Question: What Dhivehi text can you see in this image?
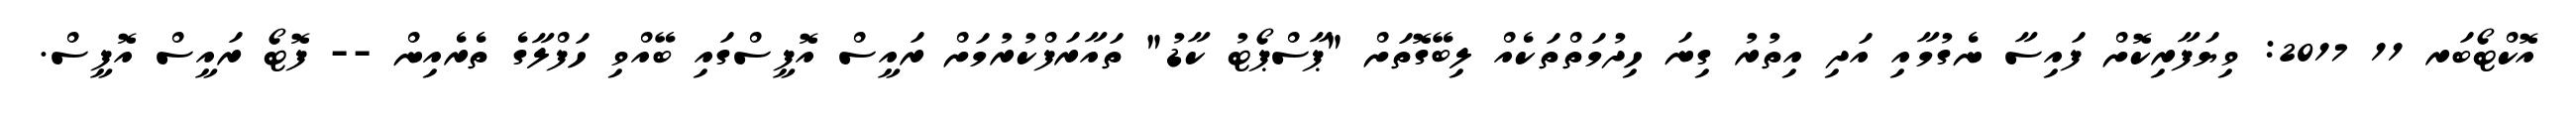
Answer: އޮކްޓޯބަރ 11 2017: ވިޔަފާރިކޮށް ފައިސާ ނެގުމާއި އަދި އިތުރު ގިނަ ހިދުމަތްތަކެއް ލިބޭގޮތަށް "ޕާސްޕޯޓު ކާޑު" ތައާރަފްކުރުމަށް ރައީސް އޮފީސްގައި ބޭއްވި ހަފްލާގެ ތެރެއިން -- ފޮޓޯ ރައީސް އޮފީސް.